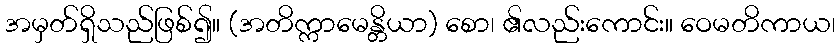
အမှတ်ရှိသည်ဖြစ်၍။ (အတိက္ကာမေန္တိယာ) စော၊ ၏လည်းကောင်း။ ဝေမတိကာယ၊